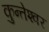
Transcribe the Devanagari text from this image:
कुन्‍तेश्‍वर